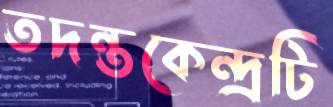
তদন্তকেন্দ্রটি